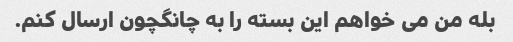
بله من می خواهم این بسته را به چانگچون ارسال کنم.